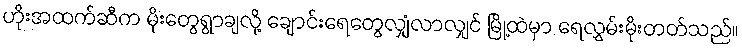
ဟိုးအထက်ဆီက မိုးတွေရွာချလို့ ချောင်းရေတွေလျှံလာလျှင် မြို့ထဲမှာ ရေလွှမ်းမိုးတတ်သည်။